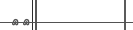
٤٧